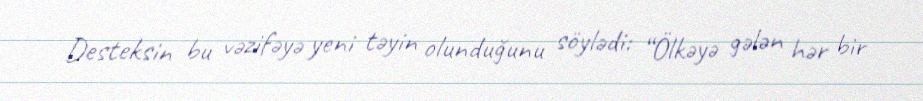
Desteksin bu vəzifəyə yeni təyin olunduğunu söylədi: “Ölkəyə gələn hər bir